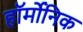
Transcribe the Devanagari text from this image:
हॉर्मोनिक